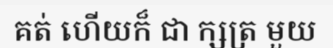
គត់ ហើយក៏ ជា ក្សត្រ មួយ